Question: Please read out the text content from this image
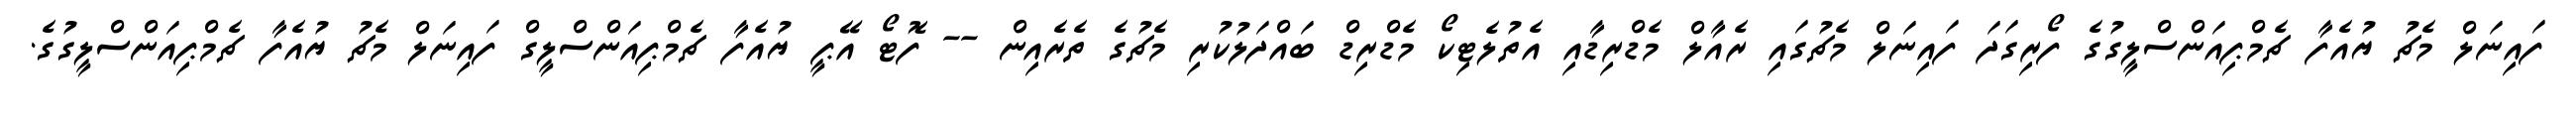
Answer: ފައިނަލް މެޗު ޔުއެފާ ޗެމްޕިއަންސްލީގުގެ ފޯރިގަދަ ފައިނަލް މެޗުގައި ރެއާލް މެޑްރިޑާއި އެތުލެޓިކޯ މެޑްރިޑް ބައްދަލުކުރި މެޗުގެ ތެރެއިން -- ފޮޓޯ އޭޕީ ޔުއެފާ ޗެމްޕިއަންސްލީގް ފައިނަލް މެޗު ޔުއެފާ ޗެމްޕިއަންސްލީގުގެ.